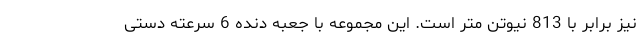
نیز برابر با 813 نیوتن متر است. این مجموعه با جعبه دنده 6 سرعته دستی